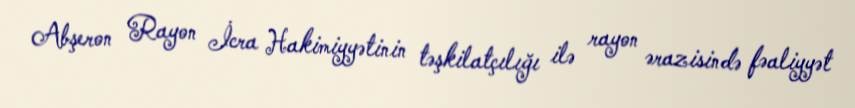
Abşeron Rayon İcra Hakimiyyətinin təşkilatçılığı ilə rayon ərazisində fəaliyyət